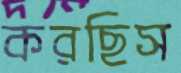
করছিস